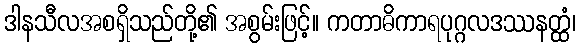
ဒါနသီလအစရှိသည်တို့၏ အစွမ်းဖြင့်။ ကတာဓိကာရပုဂ္ဂလဒဿနတ္ထံ၊